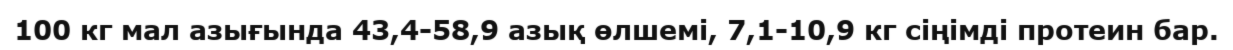
100 кг мал азығында 43,4-58,9 азық өлшемі, 7,1-10,9 кг сіңімді протеин бар.